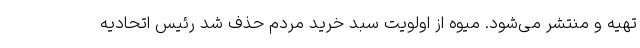
تهیه و منتشر می‌شود. میوه از اولویت سبد خرید مردم حذف شد رئیس اتحادیه